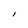
Character: I